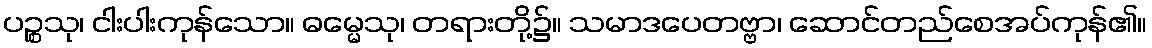
ပဉ္စသု၊ ငါးပါးကုန်သော။ ဓမ္မေသု၊ တရားတို့၌။ သမာဒပေတဗ္ဗာ၊ ဆောင်တည်စေအပ်ကုန်၏။